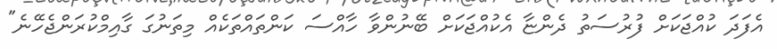
އެފަދަ ކުއްޖަކަށް ފުރުސަތު ދެންޏާ އެކުއްޖަކަށް ބޭނުންވާ ހާއްސަ ކަންތައްތަކެއް މިތަނުގަ ގާއިމްކުރަންޖެހޭނެ"